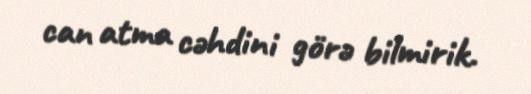
can atma cəhdini görə bilmirik.